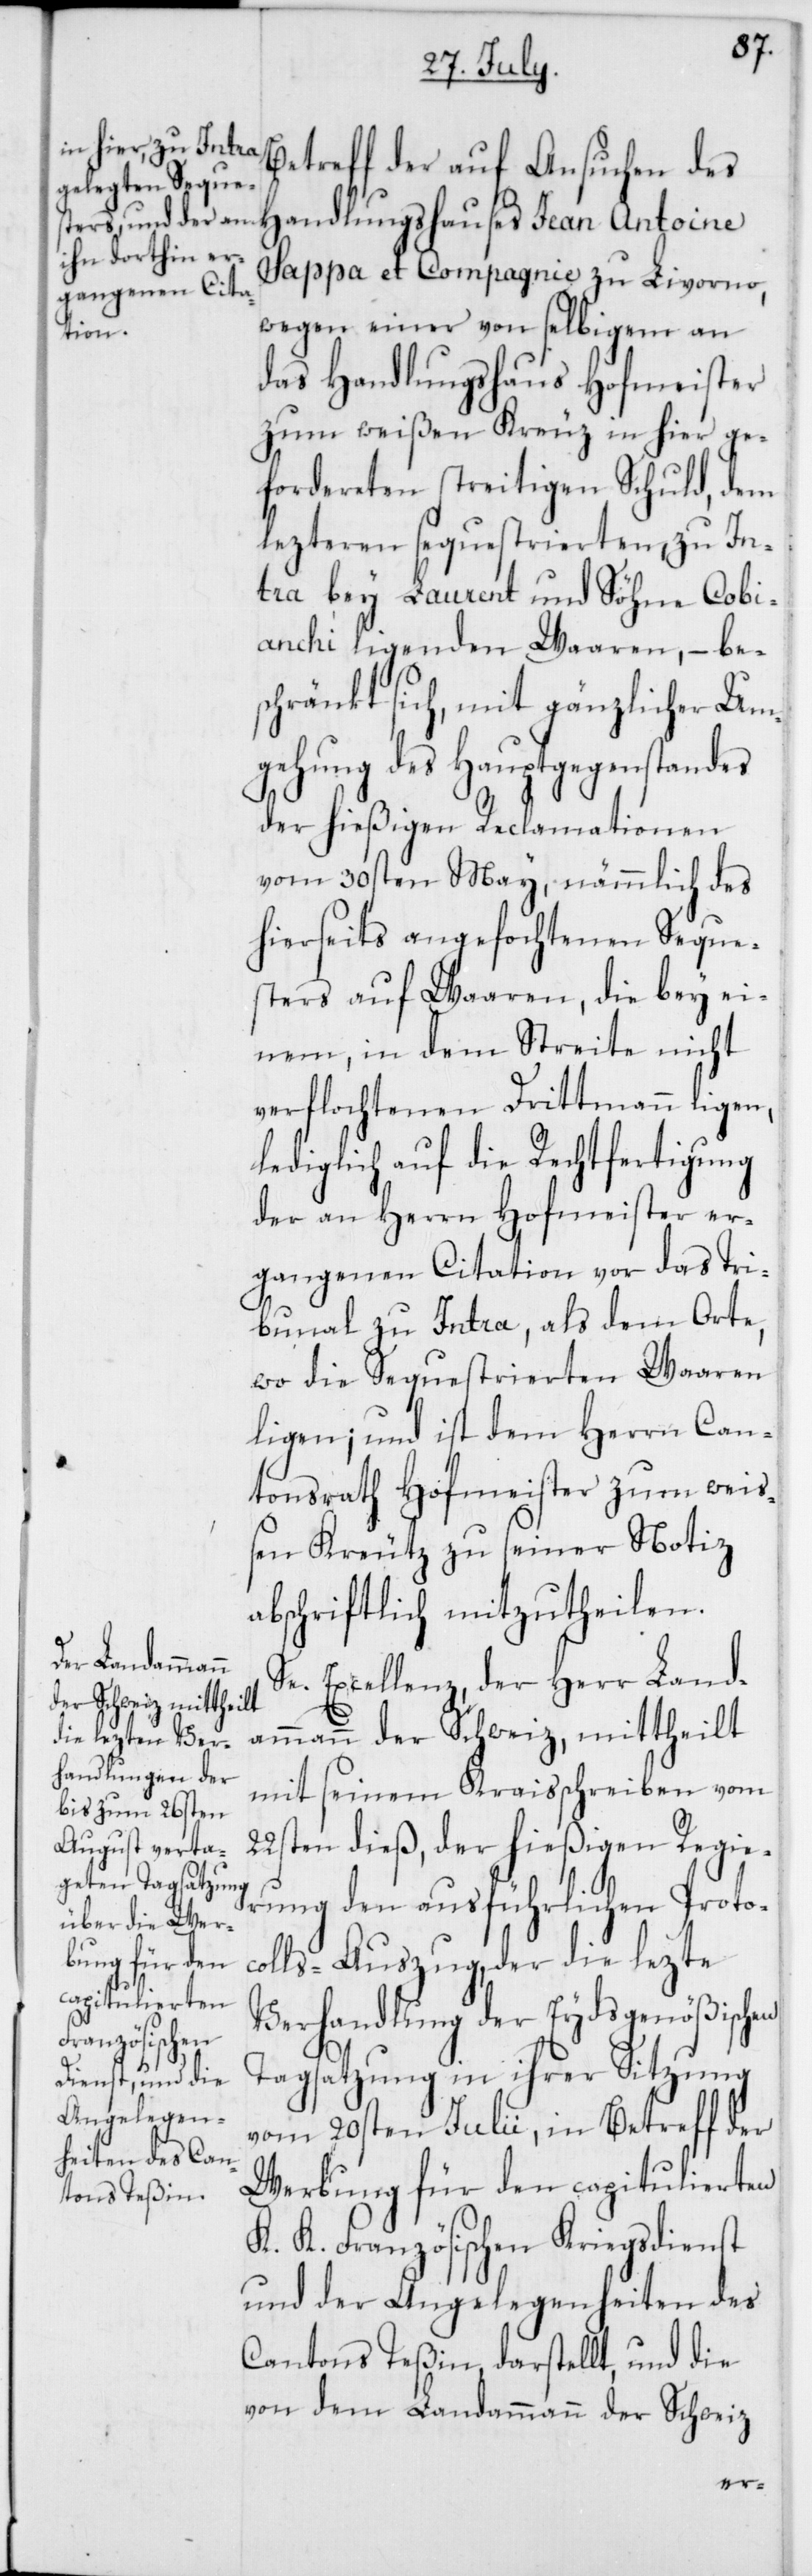
Betreff der auf Ansuchen des
Handlungshauses Jean Antoine
Sappa et Compagnie zu Livorno,
wegen einer von selbigem an
das Handlungshaus Hofmeister
zum weißen Kreuz [sic!] in hier ge¬
fordereten streitigen Schuld, dem
lezteren sequestrierten, zu In¬
tra bey Laurent und Söhne Cobi¬
anchi ligenden Waaren, – be¬
schränkt sich, mit gänzlicher Um¬
gehung des Hauptgegenstandes
der hießigen Reclamationen
vom 30sten May, nämmlich des
hierseits angefochtenen Seque¬
sters auf Waaren, die bey ei¬
nem, in dem Streite nicht
verflochtenen Drittmann ligen,
lediglich auf die Rechtfertigung
der an Herrn Hofmeister er¬
gangenen Citation vor das Tri¬
bunal zu Intra, als dem Orte,
wo die Sequestrierten Waaren
ligen; und ist dem Herrn Can¬
tonsrath Hofmeister zum weiß¬
en Kreutz zu seiner Notiz
abschriftlich mitzutheilen.
Se. Excellenz, der Herr Land¬
ammann der Schweiz mittheilt
mit seinem Kraisschreiben vom
22sten dieß, der hießigen Regie¬
rung den ausführlichen Protoc¬
olls-Auszug, der die lezte
Verhandlung der Eydsgenößischen
Tagsatzung in ihrer Sitzung
vom 20sten Julii, in Betreff der
Werbung für den capitulierten
K. K. Französischen Kriegsdienst
und der Angelegenheiten des
Cantons Teßin, darstellt, und die
von dem Landammann der Schweiz